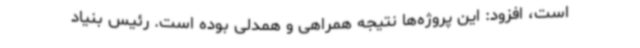
است، افزود: این پروژه‌ها نتیجه همراهی و همدلی بوده است. رئیس بنیاد